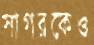
সাগরকেও